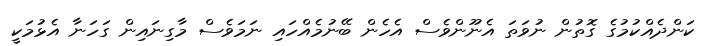
ކަންދެއްކުމުގެ ގޮތުން ނުވަތަ އެނޫންވެސް އެހެން ބޭނުމެއްހައި ނަމަވެސް މާގިނައިން ގަހަނާ އެޅުމަކީ